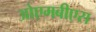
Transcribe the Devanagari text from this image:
ओएमबीएस